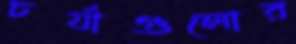
চর্যাগুলোর